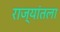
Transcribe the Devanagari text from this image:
राज्यांतला